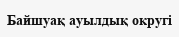
Байшуақ ауылдық округі